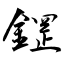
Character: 鎠